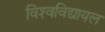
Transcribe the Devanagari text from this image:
विश्‍वविद्यायल